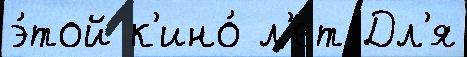
э́той к'ино́ л'ет Дл'я